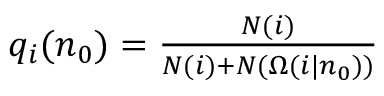
\begin{array} { r } { q _ { i } ( n _ { 0 } ) = \frac { N ( i ) } { N ( i ) + N ( \Omega ( i | n _ { 0 } ) ) } } \end{array}